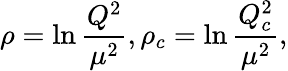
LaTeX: \rho=\ln{\frac{Q^{2}}{\mu^{2}}},\rho_{c}=\ln{\frac{Q_{c}^{2}}{\mu^{2}}},